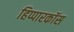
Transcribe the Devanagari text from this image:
हिप्पारकॉस